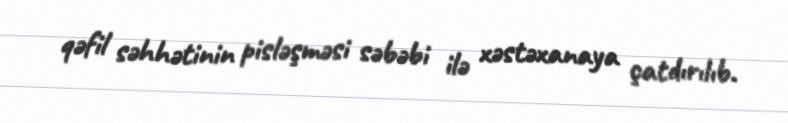
qəfil səhhətinin pisləşməsi səbəbi ilə xəstəxanaya çatdırılıb.